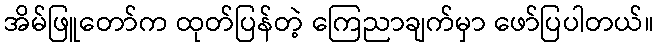
အိမ်ဖြူတော်က ထုတ်ပြန်တဲ့ ကြေညာချက်မှာ ဖော်ပြပါတယ်။